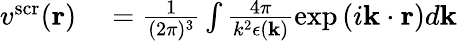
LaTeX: \begin{array}{rl}{v^{\mathrm{scr}}(\mathbf{r})}&{{}=\frac{1}{(2\pi)^{3}}\int\frac{4\pi}{k^{2}\epsilon(\mathbf{k})}\exp{(i\mathbf{k}\cdot\mathbf{r})}d\mathbf{k}}\end{array}